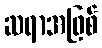
ဆရာအဖြစ်